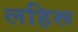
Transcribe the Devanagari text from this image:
लहिरू